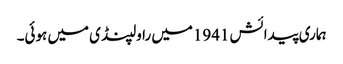
ہماری پیدائش 1941میں راولپنڈی میں ہوئی۔